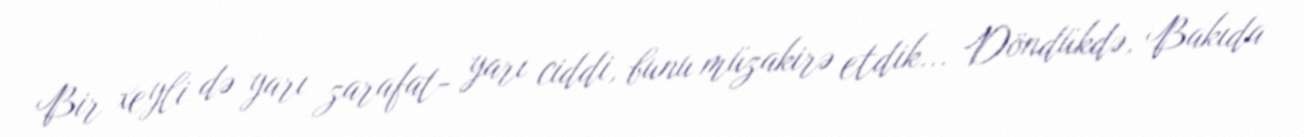
Bir xeyli də yarı zarafat- yarı ciddi, bunu müzakirə etdik... Döndükdə, Bakıda